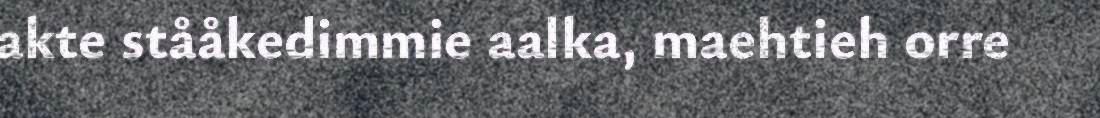
akte stååkedimmie aalka, maehtieh orre